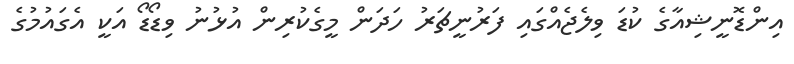
އިންޑޮނީޝިއާގެ ކުޑަ ވިލެޖެއްގައި ފަރުނީޗަރު ހަދަން މީގެކުރިން އުޅުނު ވިޑޯޑޯ އަކީ އެގައުމުގެ